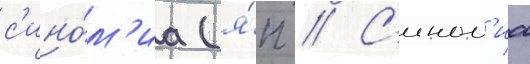
с'ино́м'иа (я́п // С'ином'иа